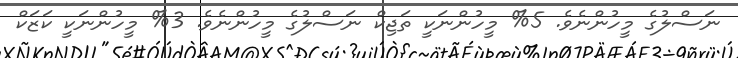
ނަސްލުގެ މީހުންނެވެ. 5% މީހުންނަކީ ތަޖިކް ނަސްލުގެ މީހުންނެވެ. 3% މީހުންނަކީ ކަޒަކް